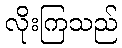
လိုးကြသည်